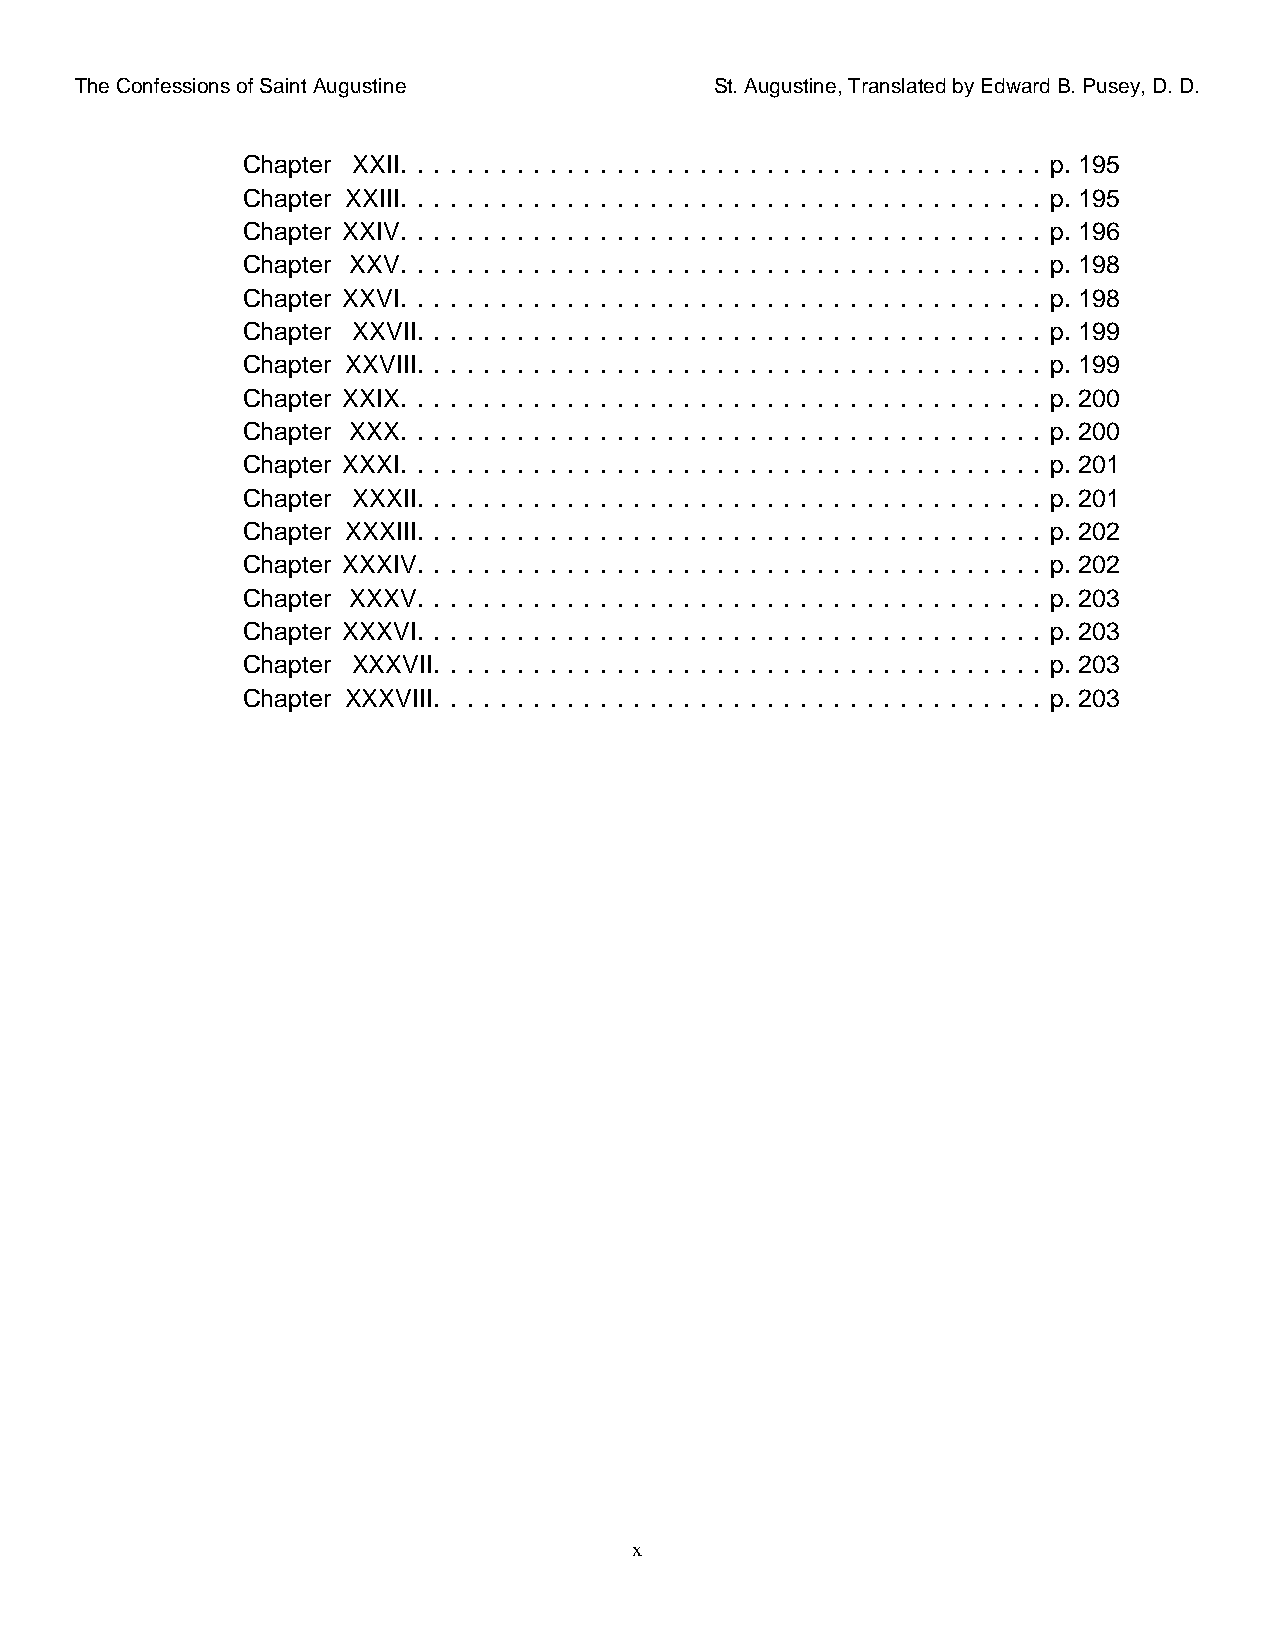
The Confessions of Saint Augustine        St. Augustine, Translated by Edward B. Pusey, D. D.
 Chapter XXII. . . . . . . . . . . . . . . . . . . . . . . . . . . . . . . . . . . . . . . p. 195
 Chapter XXIII. . . . . . . . . . . . . . . . . . . . . . . . . . . . . . . . . . . . . . . p. 195
 Chapter XXIV. . . . . . . . . . . . . . . . . . . . . . . . . . . . . . . . . . . . . . . p. 196
 Chapter XXV. . . . . . . . . . . . . . . . . . . . . . . . . . . . . . . . . . . . . . . p. 198
 Chapter XXVI. . . . . . . . . . . . . . . . . . . . . . . . . . . . . . . . . . . . . . . p. 198
 Chapter XXVII. . . . . . . . . . . . . . . . . . . . . . . . . . . . . . . . . . . . . . p. 199
 Chapter XXVIII. . . . . . . . . . . . . . . . . . . . . . . . . . . . . . . . . . . . . . p. 199
 Chapter XXIX. . . . . . . . . . . . . . . . . . . . . . . . . . . . . . . . . . . . . . . p. 200
 Chapter XXX. . . . . . . . . . . . . . . . . . . . . . . . . . . . . . . . . . . . . . . p. 200
 Chapter XXXI. . . . . . . . . . . . . . . . . . . . . . . . . . . . . . . . . . . . . . . p. 201
 Chapter XXXII. . . . . . . . . . . . . . . . . . . . . . . . . . . . . . . . . . . . . . p. 201
 Chapter XXXIII. . . . . . . . . . . . . . . . . . . . . . . . . . . . . . . . . . . . . . p. 202
 Chapter XXXIV. . . . . . . . . . . . . . . . . . . . . . . . . . . . . . . . . . . . . . p. 202
 Chapter XXXV. . . . . . . . . . . . . . . . . . . . . . . . . . . . . . . . . . . . . . p. 203
 Chapter XXXVI. . . . . . . . . . . . . . . . . . . . . . . . . . . . . . . . . . . . . . p. 203
 Chapter XXXVII. . . . . . . . . . . . . . . . . . . . . . . . . . . . . . . . . . . . . p. 203
 Chapter XXXVIII. . . . . . . . . . . . . . . . . . . . . . . . . . . . . . . . . . . . . p. 203
 x